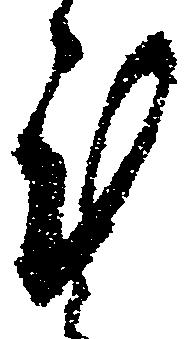
謹